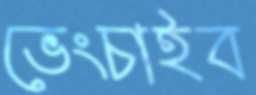
ভেংচাইব